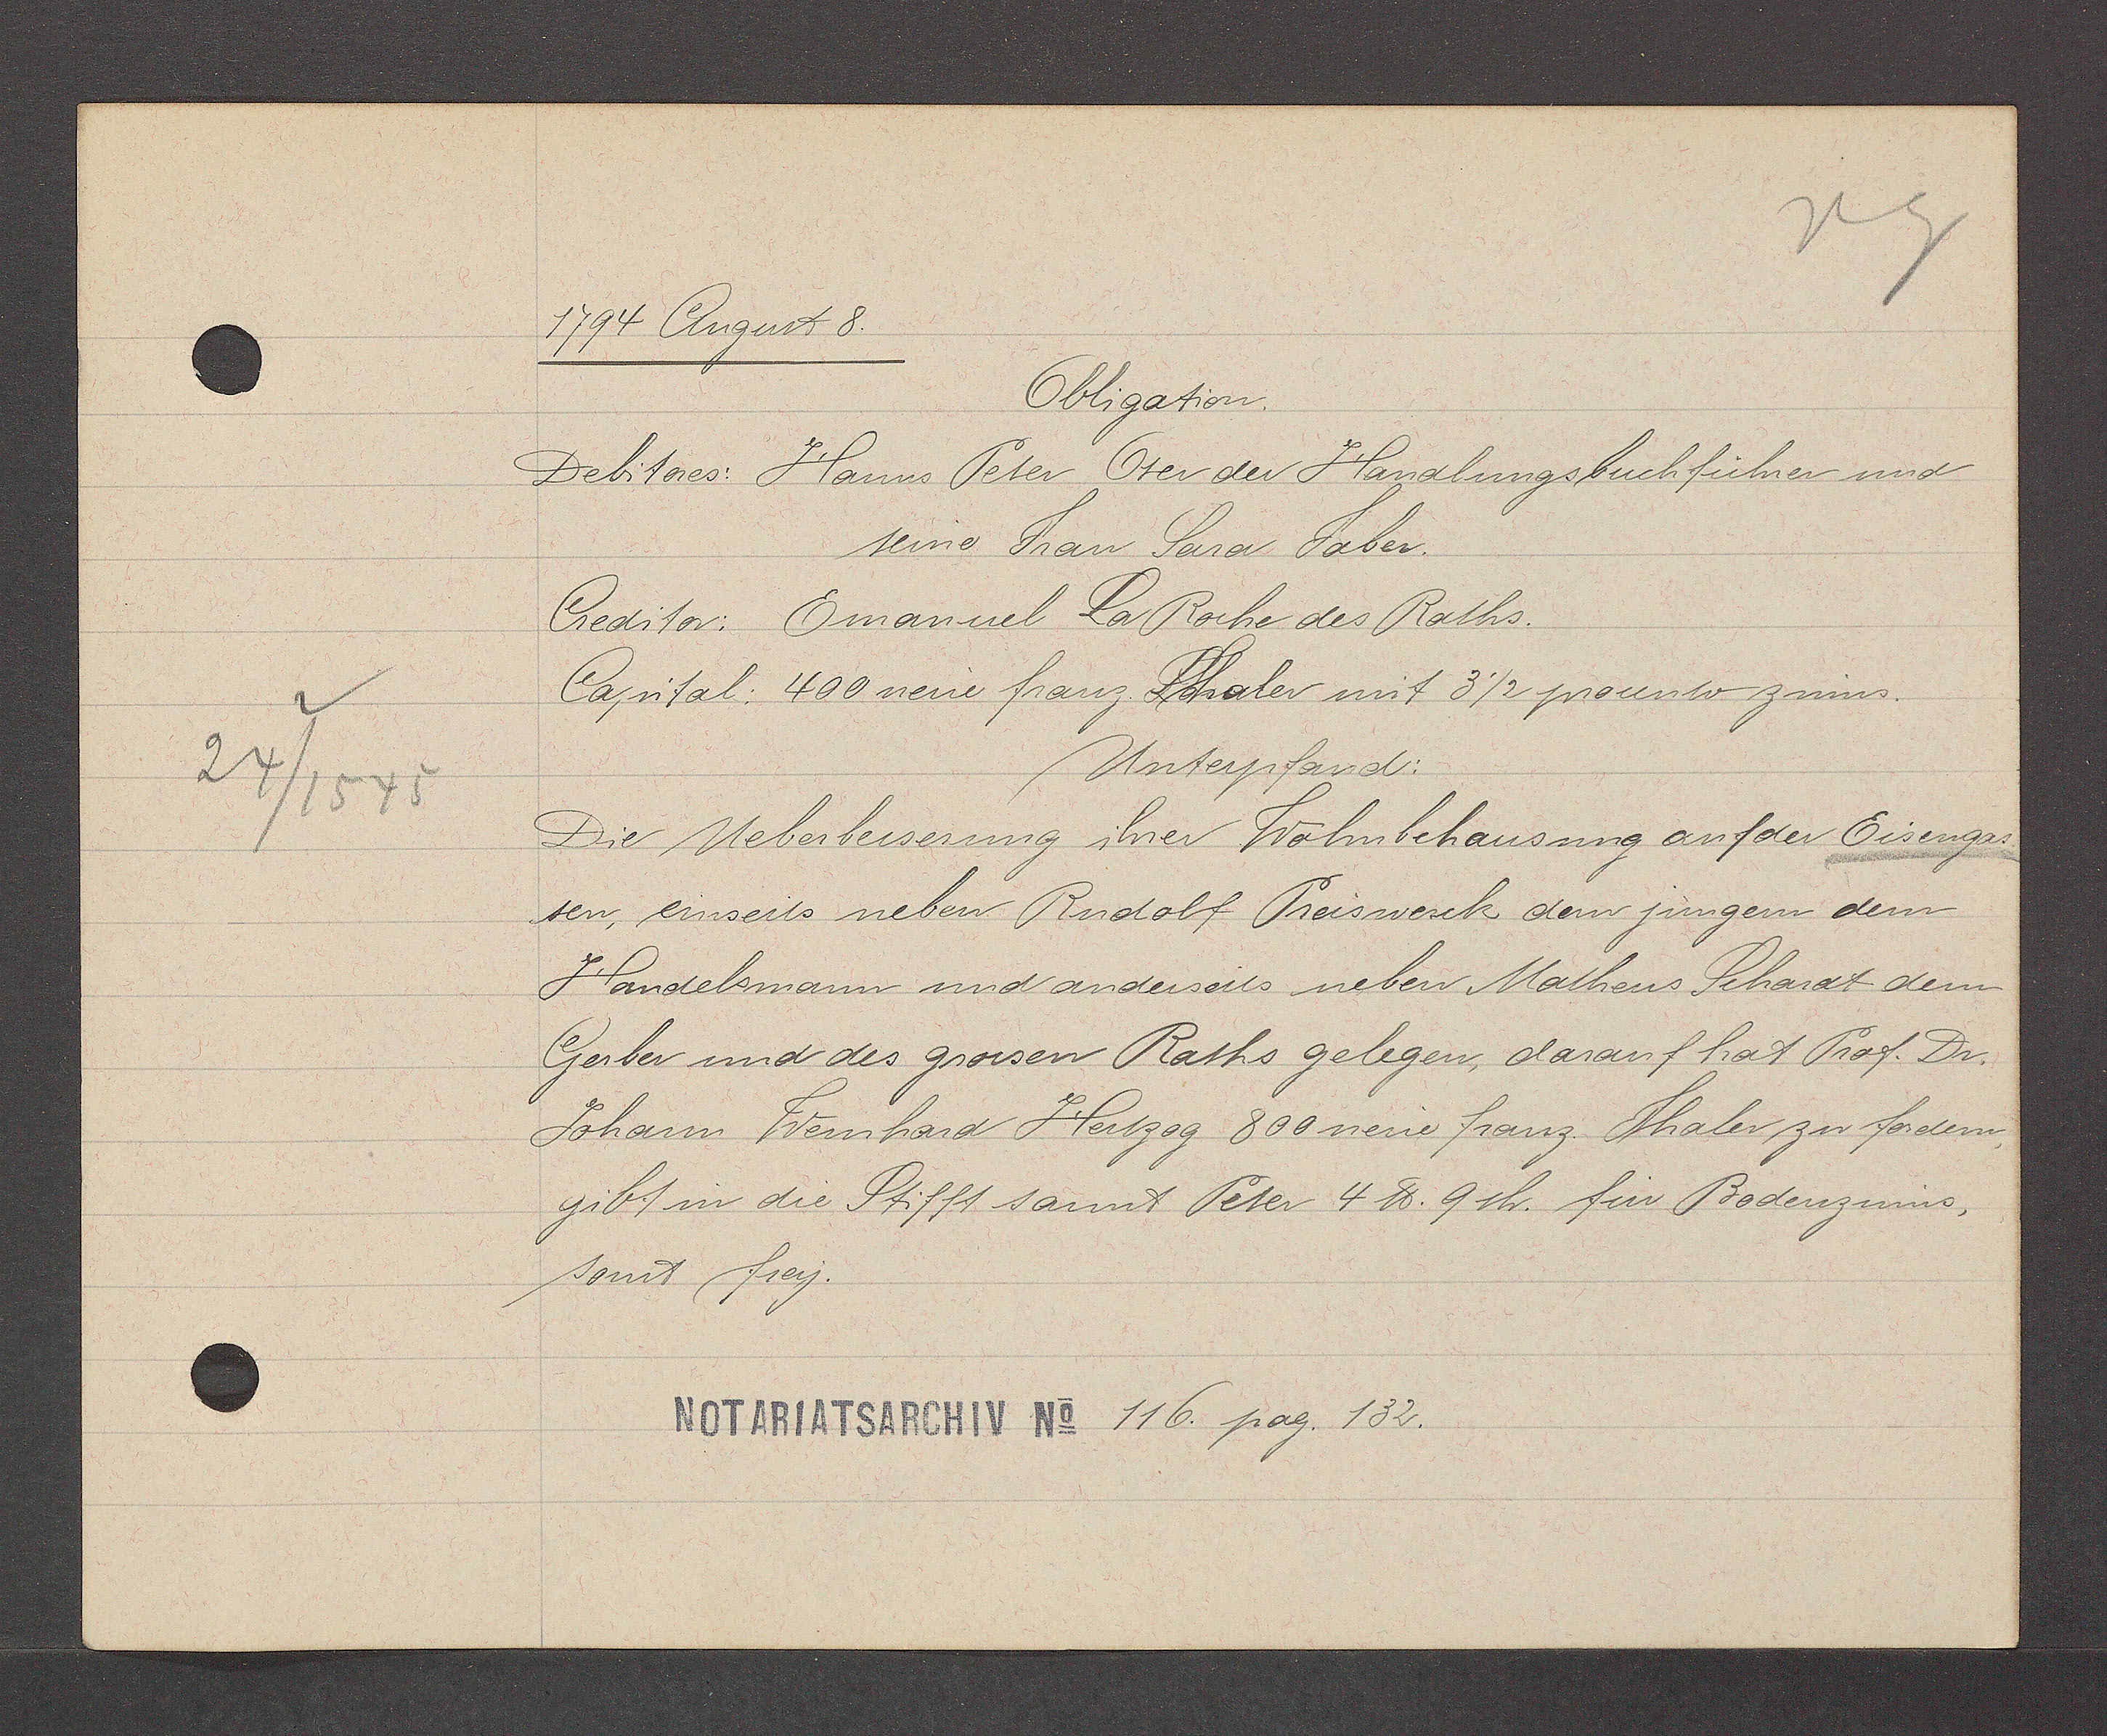
Transcript:
24/1545

1794 August 8.
Obligation.
Debitores: Hanns Peter Oser der Handlungsbuchführer und
seine Frau Sara Faber.
Creditor. Emanuel La Roche des Raths.
Capital: 400 neue franz Thaler mit 3½ procento zinns.
Unterpfand;
Die Ueberbesserung ihrer Wohnbehausung auf der Eisengas-
sen, einseres neben Rudolf Preiswerck dem jungem dem
Handelsmann und anderseits neben Matheus Schardt dem
Gerber und des grossen Raths gelegen, darauf hat Prof. Dr.
Johann Wernhard Hertzog 800 neue Franz Thaler zu fordern,
gibt in die Stifft sannt Peter 4 ℔ 9sh. fur Bodenzinns,
sost frey.
116 pag. 132.